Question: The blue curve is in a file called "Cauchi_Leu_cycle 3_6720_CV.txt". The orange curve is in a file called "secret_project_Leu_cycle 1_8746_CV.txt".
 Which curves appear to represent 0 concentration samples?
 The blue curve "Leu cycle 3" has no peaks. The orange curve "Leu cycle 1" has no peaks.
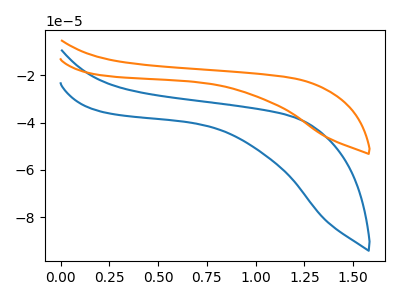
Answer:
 <answer>"Leu cycle 3" and "Leu cycle 1" are likely to be blanks.</answer>
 <eval>"Leu cycle 3", "Leu cycle 1"</eval>